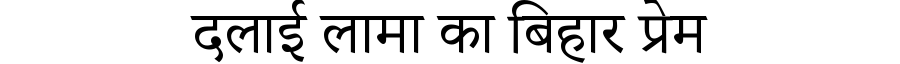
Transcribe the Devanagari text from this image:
दलाई लामा का बिहार प्रेम